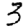
Digit: 3